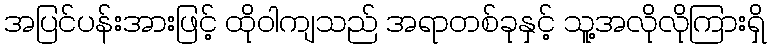
အပြင်ပန်းအားဖြင့် ထိုဝါကျသည် အရာတစ်ခုနှင့် သူ့အလိုလိုကြားရှိ